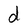
Character: d